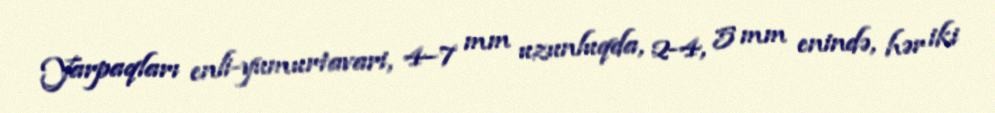
Yarpaqları enli-yumurtavari, 4–7 mm uzunluqda, 2-4, 5 mm enində, hər iki